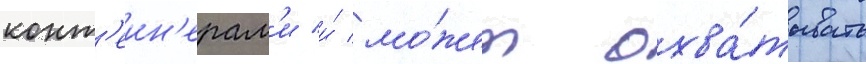
конт'еин'ерам'и и́ мо́жет охва́тывать